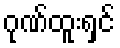
ဂုဏ်ထူးရှင်